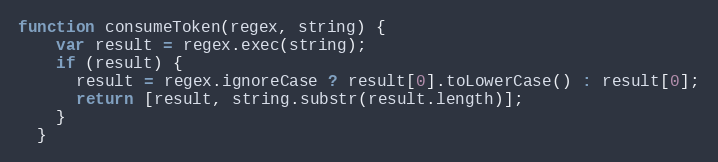
Language: JavaScript
function consumeToken(regex, string) {
    var result = regex.exec(string);
    if (result) {
      result = regex.ignoreCase ? result[0].toLowerCase() : result[0];
      return [result, string.substr(result.length)];
    }
  }